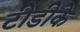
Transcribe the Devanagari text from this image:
टीडीके